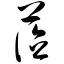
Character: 莅